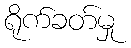
ရိုက်ခတ်မှု